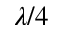
\lambda / 4